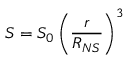
S = S _ { 0 } \left( \frac { r } { R _ { N S } } \right) ^ { 3 }